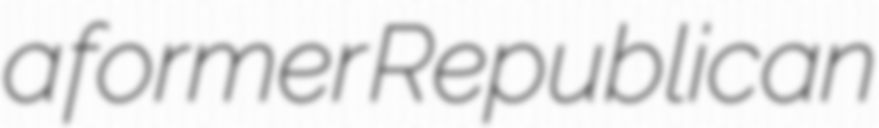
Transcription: a former Republican